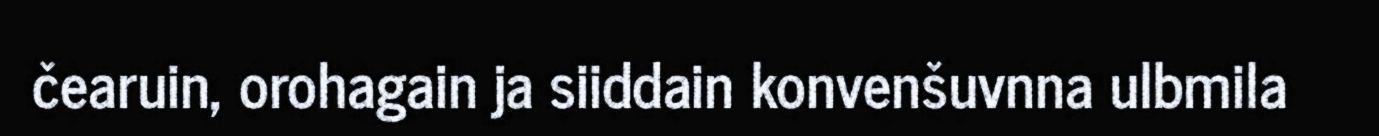
čearuin, orohagain ja siiddain konvenšuvnna ulbmila